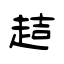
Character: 趌